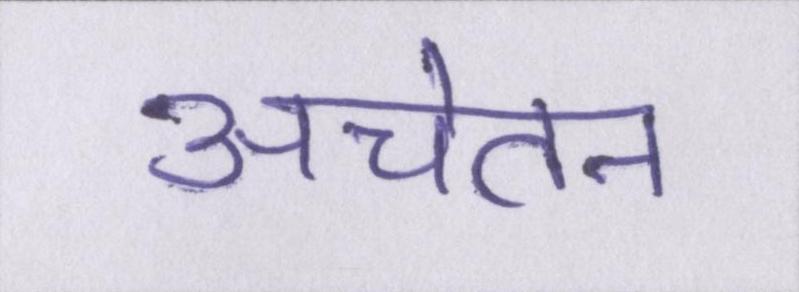
अचेतन